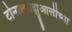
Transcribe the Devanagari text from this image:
टोनाल्पोह्युआलीच्या